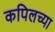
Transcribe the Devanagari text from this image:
कपिलच्या